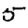
Digit: 5